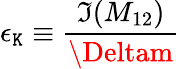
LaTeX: \epsilon_{\mathtt{K}}\equiv\frac{{\Im(M_{12})}}{{\Deltam}}